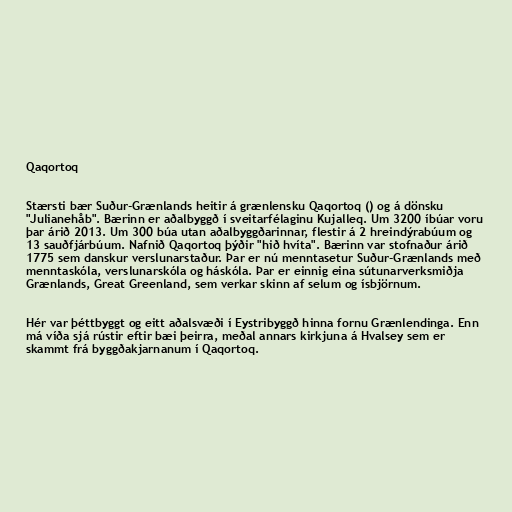
Qaqortoq

Stærsti bær Suður-Grænlands heitir á grænlensku Qaqortoq () og á dönsku
"Julianehåb". Bærinn er aðalbyggð í sveitarfélaginu Kujalleq. Um 3200 íbúar voru
þar árið 2013. Um 300 búa utan aðalbyggðarinnar, flestir á 2 hreindýrabúum og
13 sauðfjárbúum. Nafnið Qaqortoq þýðir "hið hvíta". Bærinn var stofnaður árið
1775 sem danskur verslunarstaður. Þar er nú menntasetur Suður-Grænlands með
menntaskóla, verslunarskóla og háskóla. Þar er einnig eina sútunarverksmiðja
Grænlands, Great Greenland, sem verkar skinn af selum og ísbjörnum.

Hér var þéttbyggt og eitt aðalsvæði í Eystribyggð hinna fornu Grænlendinga. Enn
má víða sjá rústir eftir bæi þeirra, meðal annars kirkjuna á Hvalsey sem er
skammt frá byggðakjarnanum í Qaqortoq.